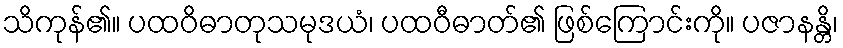
သိကုန်၏။ ပထဝိဓာတုသမုဒယံ၊ ပထဝီဓာတ်၏ ဖြစ်ကြောင်းကို။ ပဇာနန္တိ၊